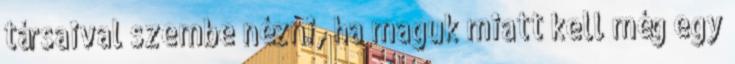
társaival szembe nézni, ha maguk miatt kell még egy